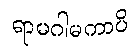
ရာမဂါမကာပိ